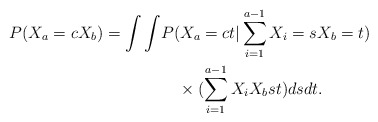
\begin{align*}P(X_a=cX_b)=\int\int &P(X_a=ct|\sum_{i=1}^{a-1}X_i=s X_b=t)\\&\quad\times( \sum_{i=1}^{a-1}X_i X_b s t) dsdt.\end{align*}